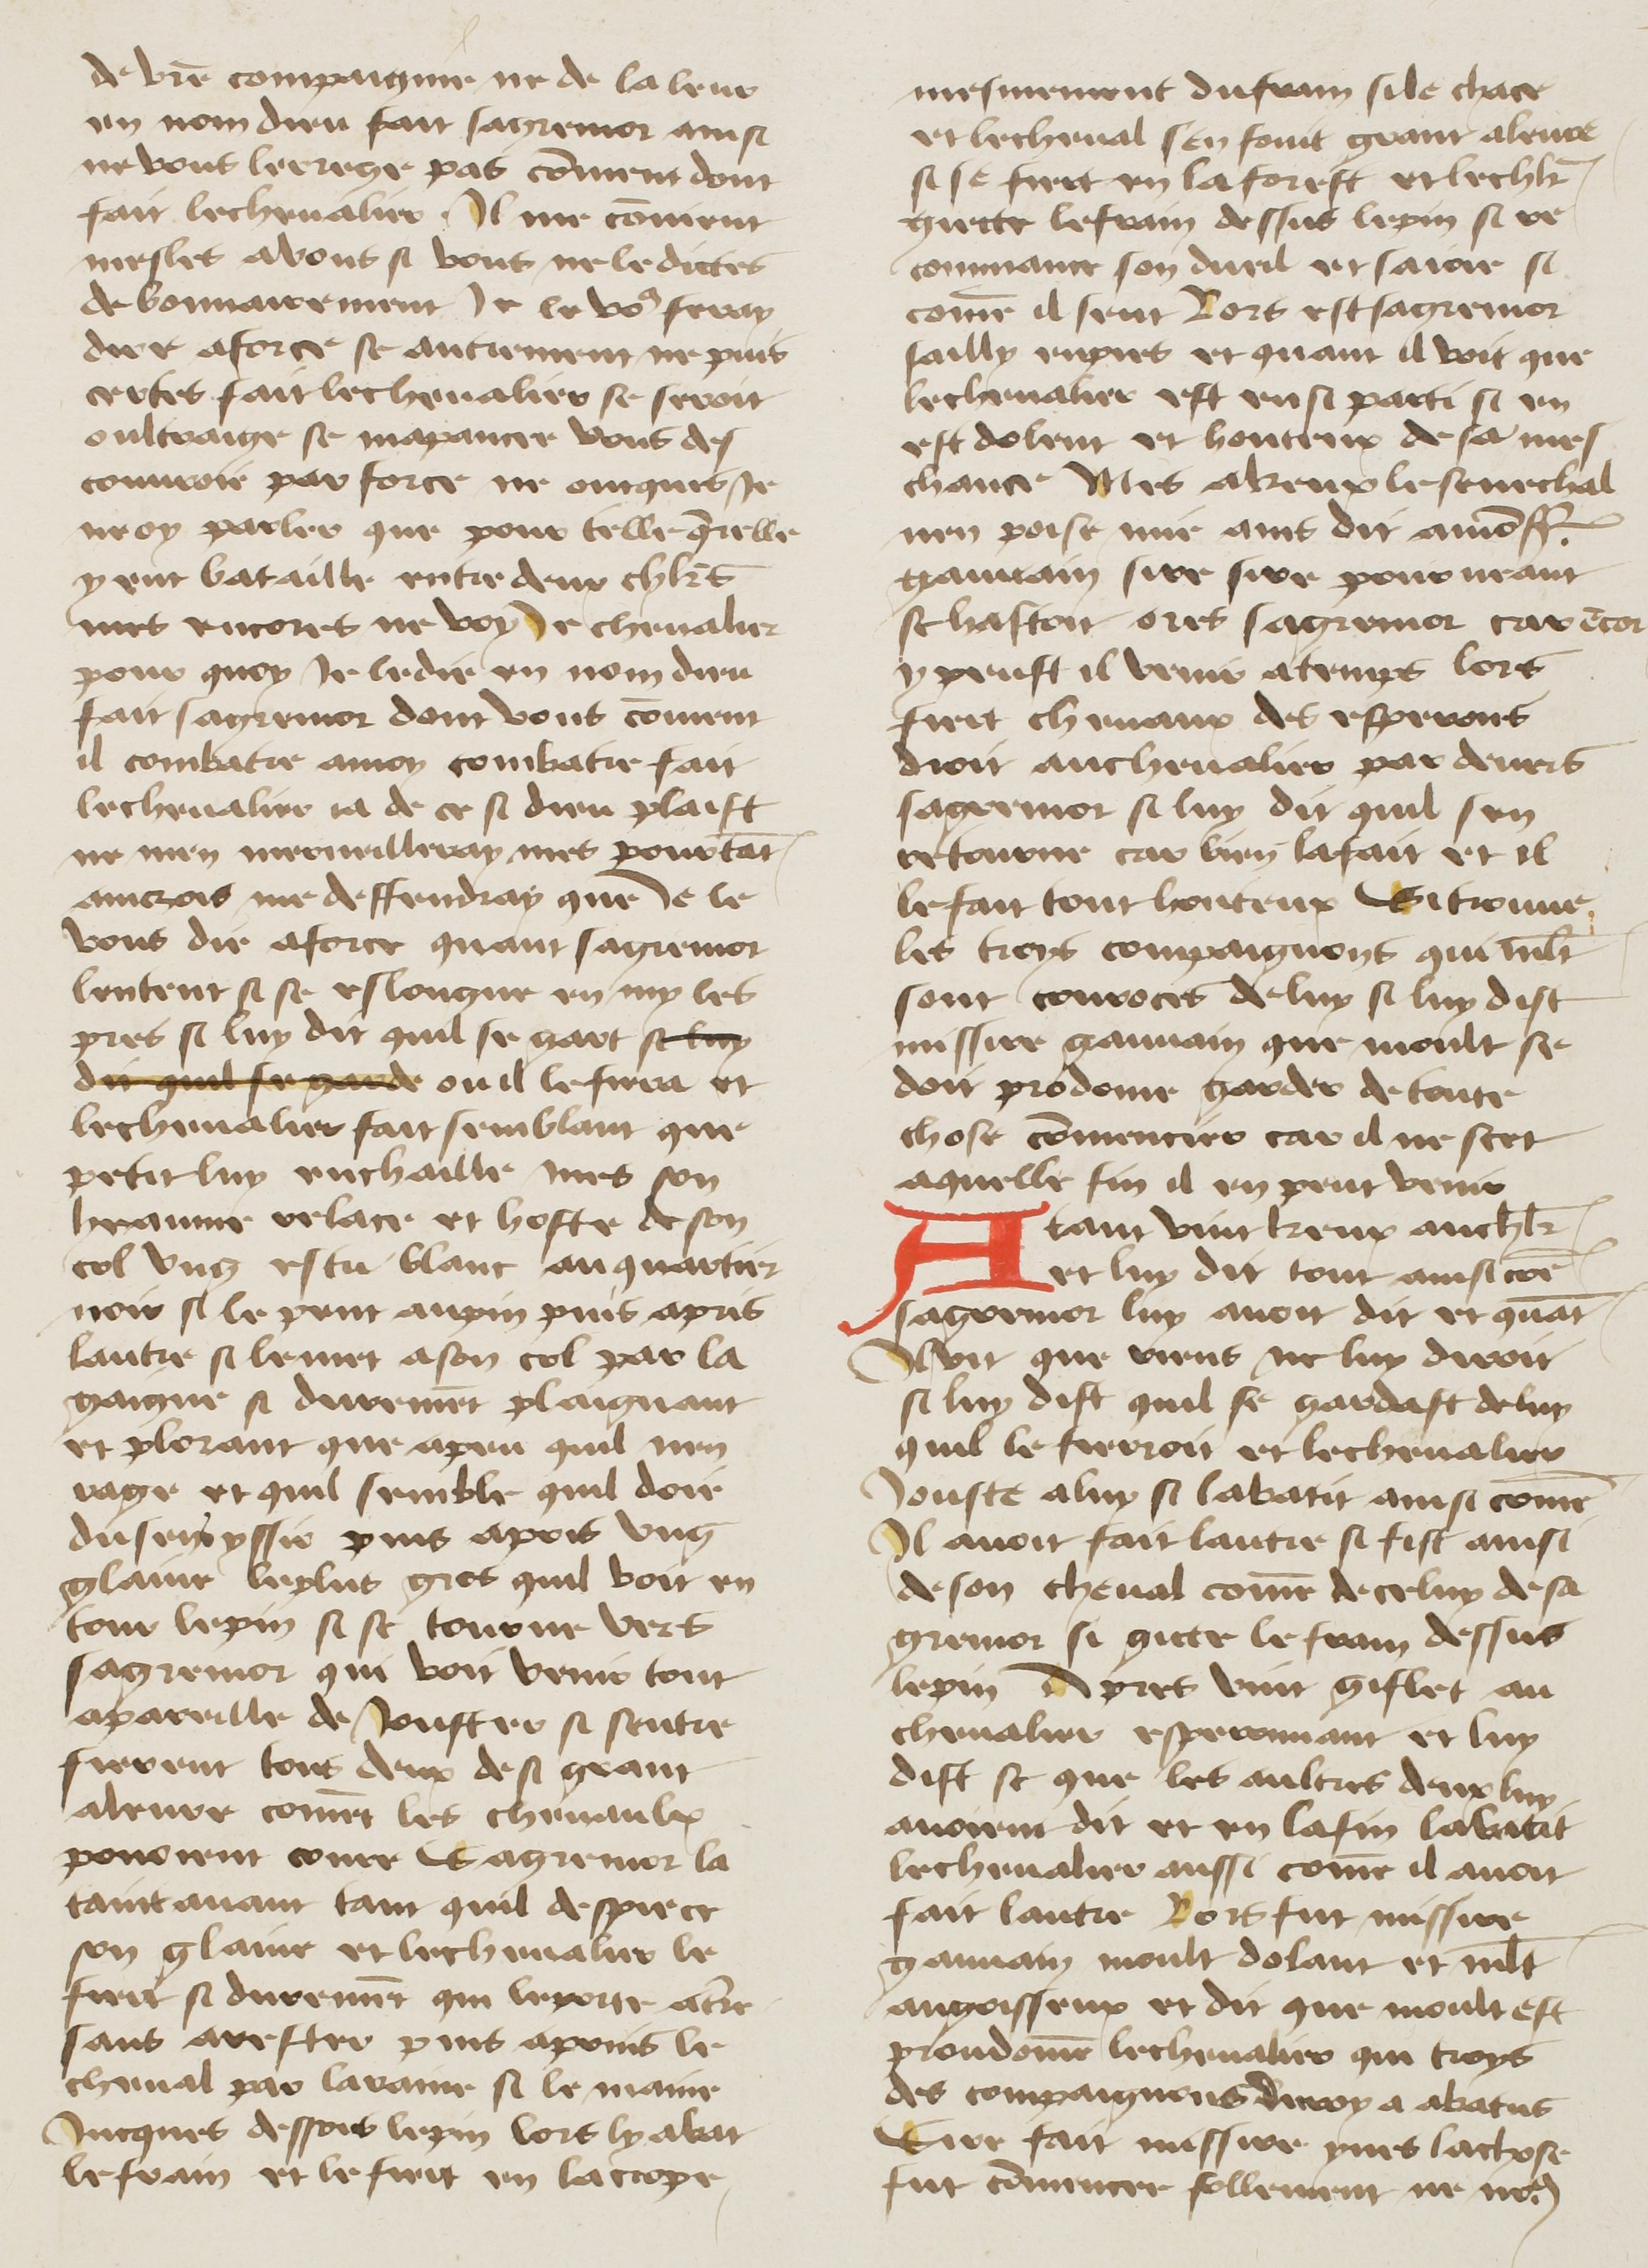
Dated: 1400–1499